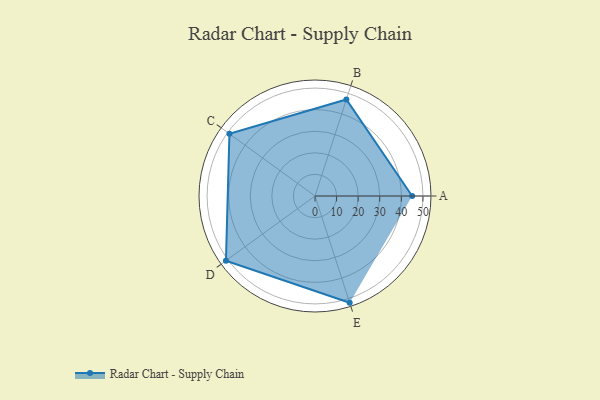
{"axis": {"x": "Skill", "y": "Score"}, "legend": ["Profile"], "data": [{"x": "A", "y": 45.0, "type": "Profile"}, {"x": "B", "y": 47.0, "type": "Profile"}, {"x": "C", "y": 49.0, "type": "Profile"}, {"x": "D", "y": 51.0, "type": "Profile"}, {"x": "E", "y": 52.0, "type": "Profile"}]}